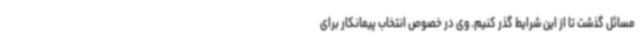
مسائل گذشت تا از این شرایط گذر کنیم. وی در خصوص انتخاب پیمانکار برای